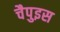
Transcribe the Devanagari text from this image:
चैपुइस